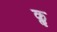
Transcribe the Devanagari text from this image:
कॢ